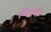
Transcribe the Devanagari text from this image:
बिन्‍दकी